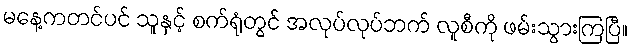
မနေ့ကတင်ပင် သူနှင့် စက်ရုံတွင် အလုပ်လုပ်ဘက် လူစီကို ဖမ်းသွားကြပြီ။